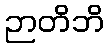
ဉာတိဘိ